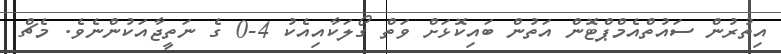
އިތުރުން ސައުތްއެމްޕްޓޮން އަތުން ބައިކޮޅަށް ވަތް ގޯލަކާއިއެކު 4-0 ގެ ނަތީޖާއަކުންނެވެ. މެޗް